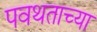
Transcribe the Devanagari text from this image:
पवथताच्या